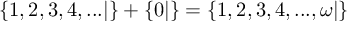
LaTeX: \{ 1 , 2 , 3 , 4 , . . . | \} + \{ 0 | \} = \{ 1 , 2 , 3 , 4 , . . . , \omega | \}